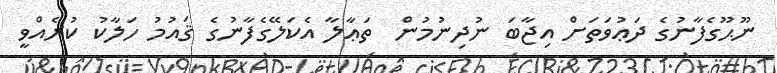
ނޫޙޫގެފާނުގެ ދަޢުވަތަށް އިޖާބަ ނުދިނުމުން  ތަޢާލާ އެކަލޭގެފާނުގެ ޤައުމު ހަލާކު ކުރެއްވީ